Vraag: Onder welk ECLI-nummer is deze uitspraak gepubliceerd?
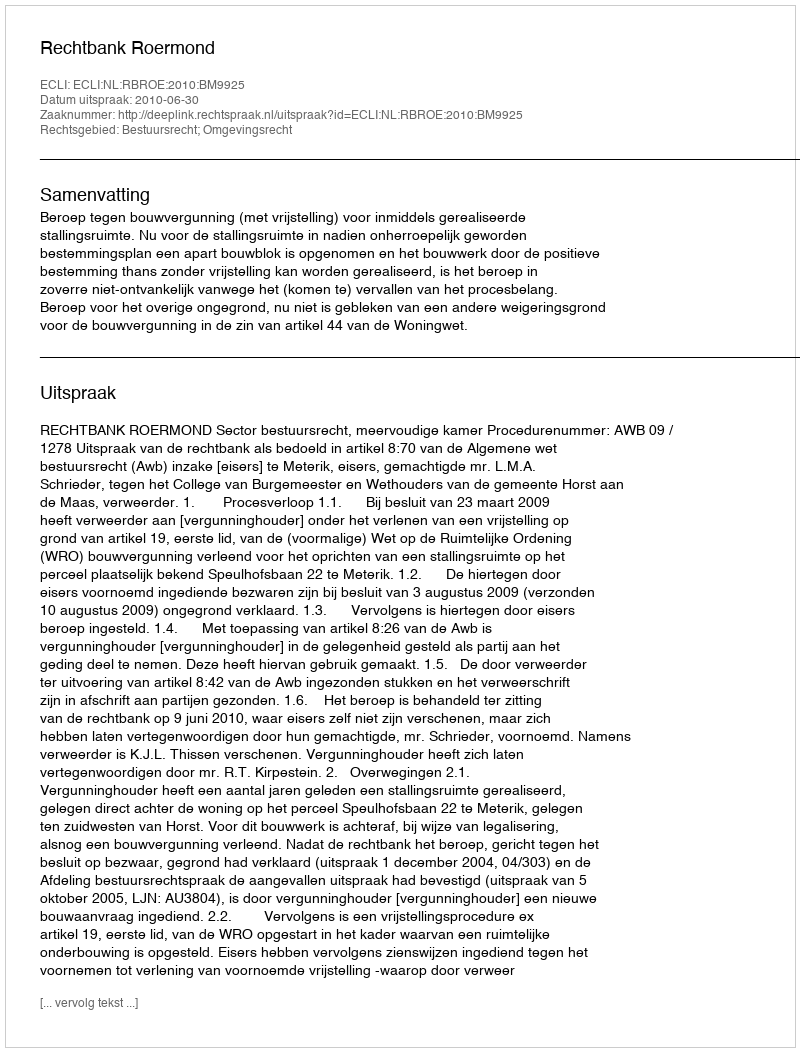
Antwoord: ECLI:NL:RBROE:2010:BM9925